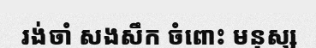
រង់ចាំ សងសឹក ចំពោះ មនុស្ស